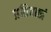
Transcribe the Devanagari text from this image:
प्रतिवक्त्रं